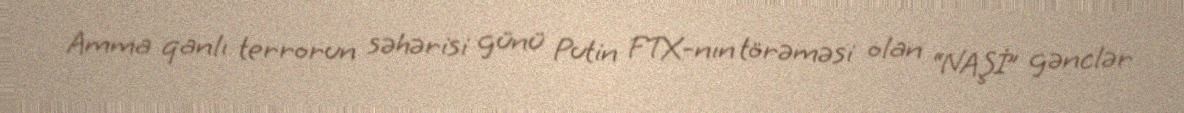
Amma qanlı terrorun səhərisi günü Putin FTX-nın törəməsi olan “NAŞİ” gənclər